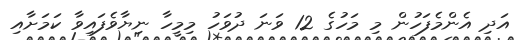
އަދި އެންމެފަހުން މި މަހުގެ 12 ވަނަ ދުވަހު މިމީހާ ނިޔާވެފައިވާ ކަމަށާއި